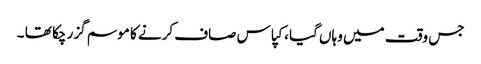
جس وقت میں وہاں گیا ، کپاس صاف کرنے کا موسم گزر چکا تھا ۔